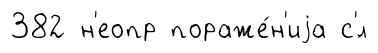
382 н'еопр пораже́н'иjа с'́л